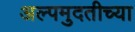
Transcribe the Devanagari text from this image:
अल्पमुदतीच्या